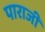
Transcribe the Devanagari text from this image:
पाराजी